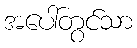
အပေါ်တွင်သာ